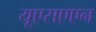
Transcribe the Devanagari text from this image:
यूएसएएन